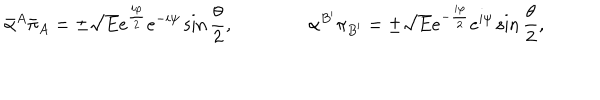
{ \bar { \alpha } } ^ { A } { \bar { \pi } } _ { A } = \pm { \sqrt E } e ^ { { \frac { i \varphi } { 2 } } } e ^ { - i \psi } \sin { \frac { \theta } { 2 } } , \qquad \qquad \alpha ^ { B ^ { \prime } } \pi _ { B ^ { \prime } } = \pm { \sqrt E } e ^ { - { \frac { i \varphi } { 2 } } } e ^ { i \psi } \sin { \frac { \theta } { 2 } } ,